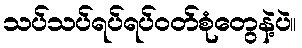
သပ်သပ်ရပ်ရပ်ဝတ်စုံတွေနဲ့ပဲ။